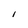
Character: i